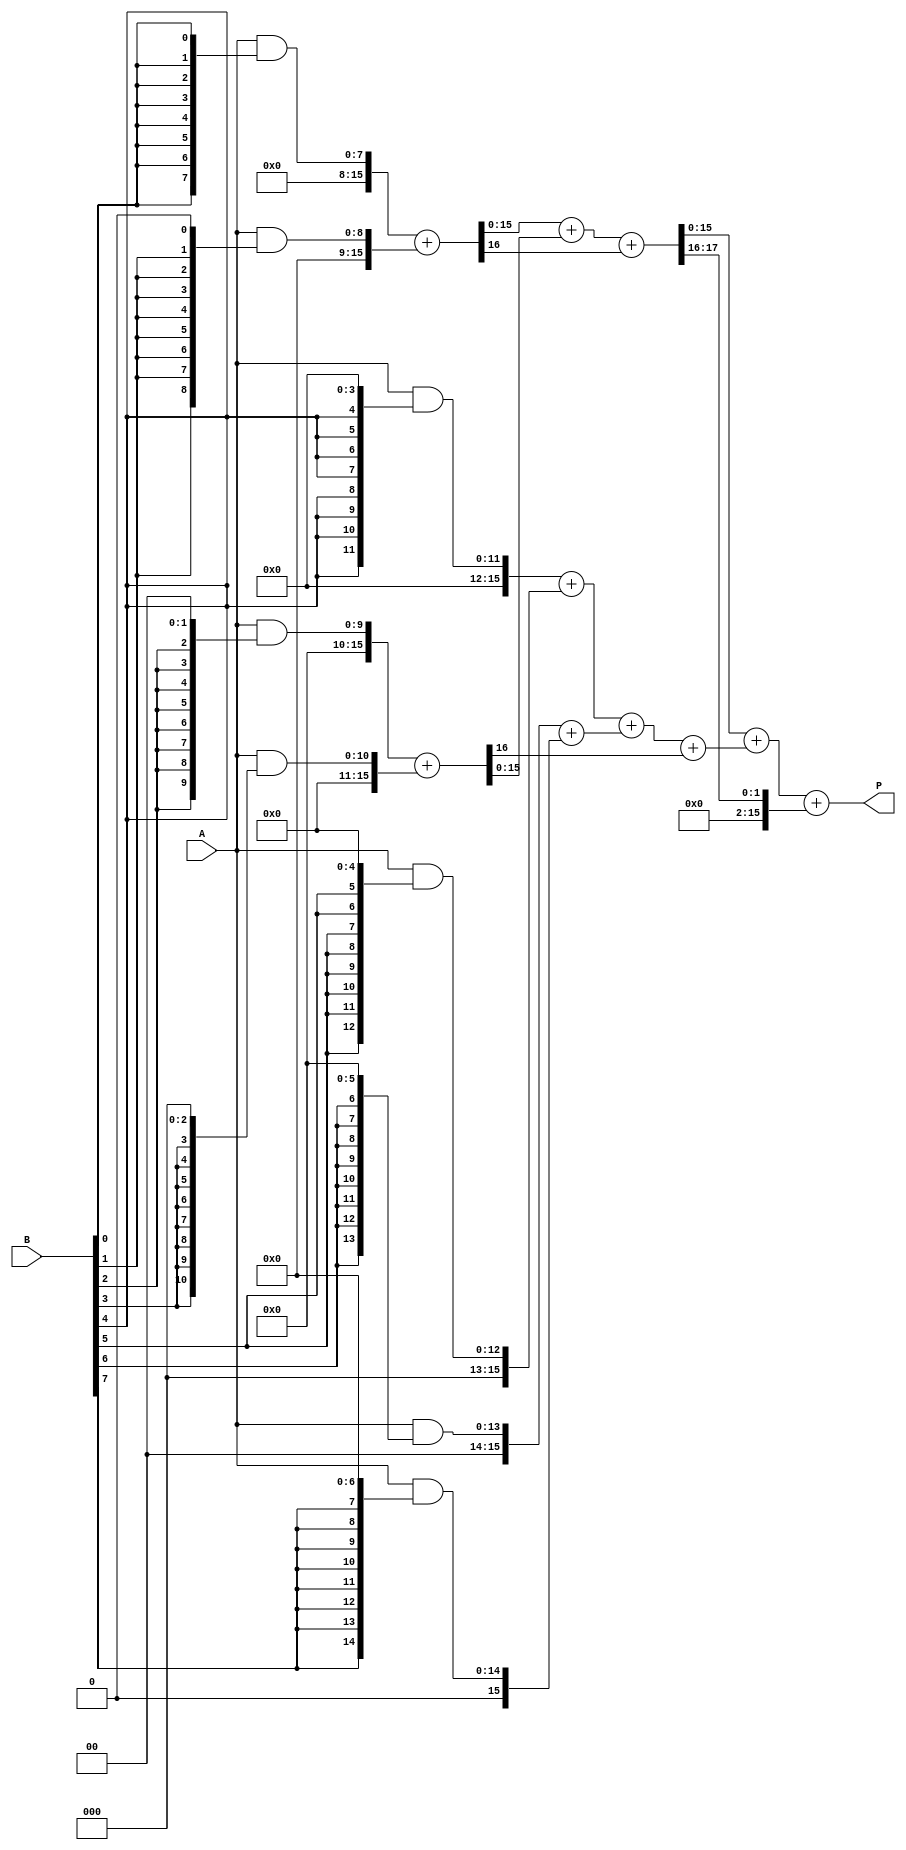
module WallaceTreeMultiplier #(parameter N = 8, M = 8) (
    input [N-1:0] A,
    input [M-1:0] B,
    output [(N+M-1):0] P
);

    reg [N+M-1:0] pp [0:M-1];  // partial products
    wire [N+M:0] sum [0:N+M-1]; // output sums
    wire [N+M-1:0] carry [0:N+M-1]; // carries

    // Generate partial products
    genvar i;
    generate
        for (i = 0; i < M; i = i + 1) begin : pp_gen
            assign pp[i] = A & {N{B[i]}} << i; // AND and shift
        end
    endgenerate

    // Wallace Tree Reduction
    // First stage: Reduce partial products using half adders and full adders
    // This example handles a simple reduction of the first two levels
    wire [N+M-1:0] level1 [0:M/2-1];
    wire [N+M-1:0] level2 [0:M/4-1];
    
    // Example for reduction (this would typically require more stages)
    generate
        for (i = 0; i < M/2; i = i + 1) begin : reduction_stage1
            assign {carry[i], level1[i]} = pp[2*i] + pp[2*i+1]; // Full adder for pairs
        end
    endgenerate

    generate
        for (i = 0; i < (M/4); i = i + 1) begin : reduction_stage2
            assign {carry[i+M/2], level2[i]} = level1[2*i] + level1[2*i+1] + carry[i]; // Full adder for level 1 outputs
        end
    endgenerate

    // Final Stage: Final addition of remaining bits
    // This is a simple example; proper handling of cases should be implemented
    assign P = level2[0] + level2[1] + carry[M/2];

endmodule